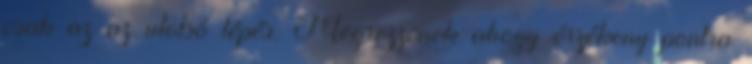
csak az az utolsó lépés. Megrezzenek ahogy érzékeny pontra